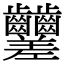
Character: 𪚍